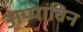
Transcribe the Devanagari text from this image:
अप्पाविन